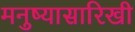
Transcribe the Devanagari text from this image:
मनुष्यासारिखी